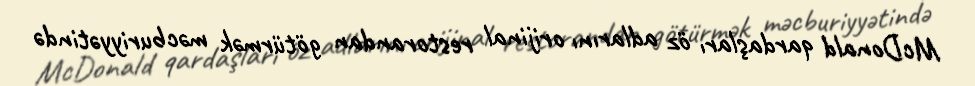
McDonald qardaşları öz adlarını orijinal restorandan götürmək məcburiyyətində